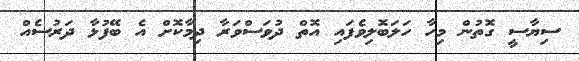
ސިޔާސީ ގޮތުން މިހާ ހަލަބޮލިވެފައި އޮތް ދުވަސްވަރާ ދިމާކޮށް އެ ބޭފުޅާ ދަރުސެއް